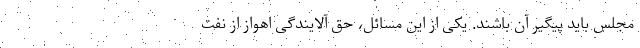
مجلس باید پیگیر آن باشند. یکی از این مسائل، حق آلایندگی اهواز از نفت